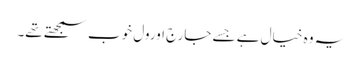
یہ وہ خیال ہے جسے جارج اورول خوب سمجھتے تھے۔